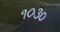
૧૦૩૦